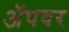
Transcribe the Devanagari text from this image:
अॅपवर